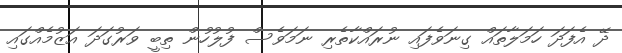
ދޭ އެފަދަ ހަމަލާތައް ގިނަވެފައި ނުރައްކާތެރި ނަމަވެސް ފުލުހުން ތިބީ ވަރުގަދަ އަޒުމެއްގައި